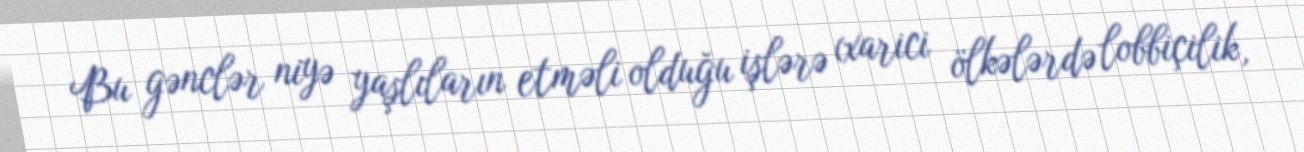
Bu gənclər niyə yaşlıların etməli olduğu işlərə (xarici ölkələrdə lobbiçilik,